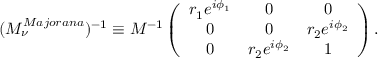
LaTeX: ( M _ { \nu } ^ { M a j o r a n a } ) ^ { - 1 } \equiv M ^ { - 1 } \left( \begin{array} { c c c } { { r _ { 1 } e ^ { i \phi _ { 1 } } } } & { { 0 } } & { { 0 \strut } } \\ { { 0 } } & { { 0 } } & { { r _ { 2 } e ^ { i \phi _ { 2 } } \strut } } \\ { { 0 } } & { { r _ { 2 } e ^ { i \phi _ { 2 } } } } & { { 1 } } \end{array} \right) .